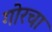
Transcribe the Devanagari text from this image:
गोरचा